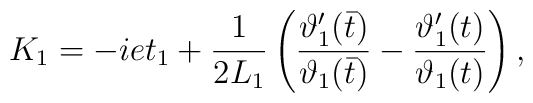
K _1=-iet_1+\frac {1}{2L_1}\left (\frac {\vartheta'_1(\bar{t})}{\vartheta_1(\bar{t})} -\frac{\vartheta '_1(t)}{\vartheta_1(t)} \right ),